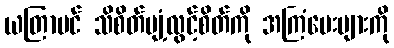
ယတြာပင် သိစိတ်ပျံ့လွင့်စိတ်ကို အကြံပေးများကို